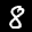
Label: 8